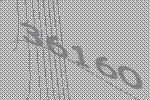
36160